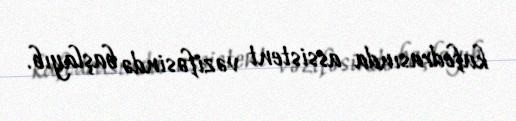
kafedrasında assistent vəzifəsində başlayıb.